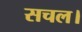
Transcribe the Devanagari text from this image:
सचल।